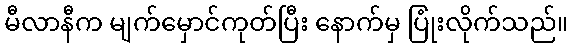
မီလာနီက မျက်မှောင်ကုတ်ပြီး နောက်မှ ပြုံးလိုက်သည်။